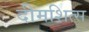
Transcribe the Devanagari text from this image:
दीमशित्स